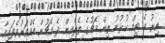
އިރު އެ ޓީމް ކުޅުނު ތިން މެޗުގެ ތެރެއިން ދެ މެޗުން އެއްވަރުވެފައިވާ